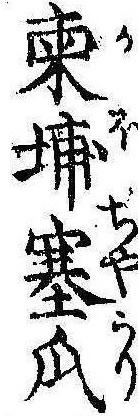
柬埔塞瓜